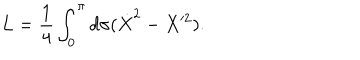
LaTeX: L = \frac { 1 } { 4 } \int _ { 0 } ^ { \pi } d \sigma ( \dot { X } ^ { 2 } - X ^ { 2 } ) .